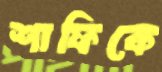
শাফিকে